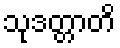
သုဒတ္တာတိ